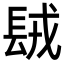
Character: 𨱿